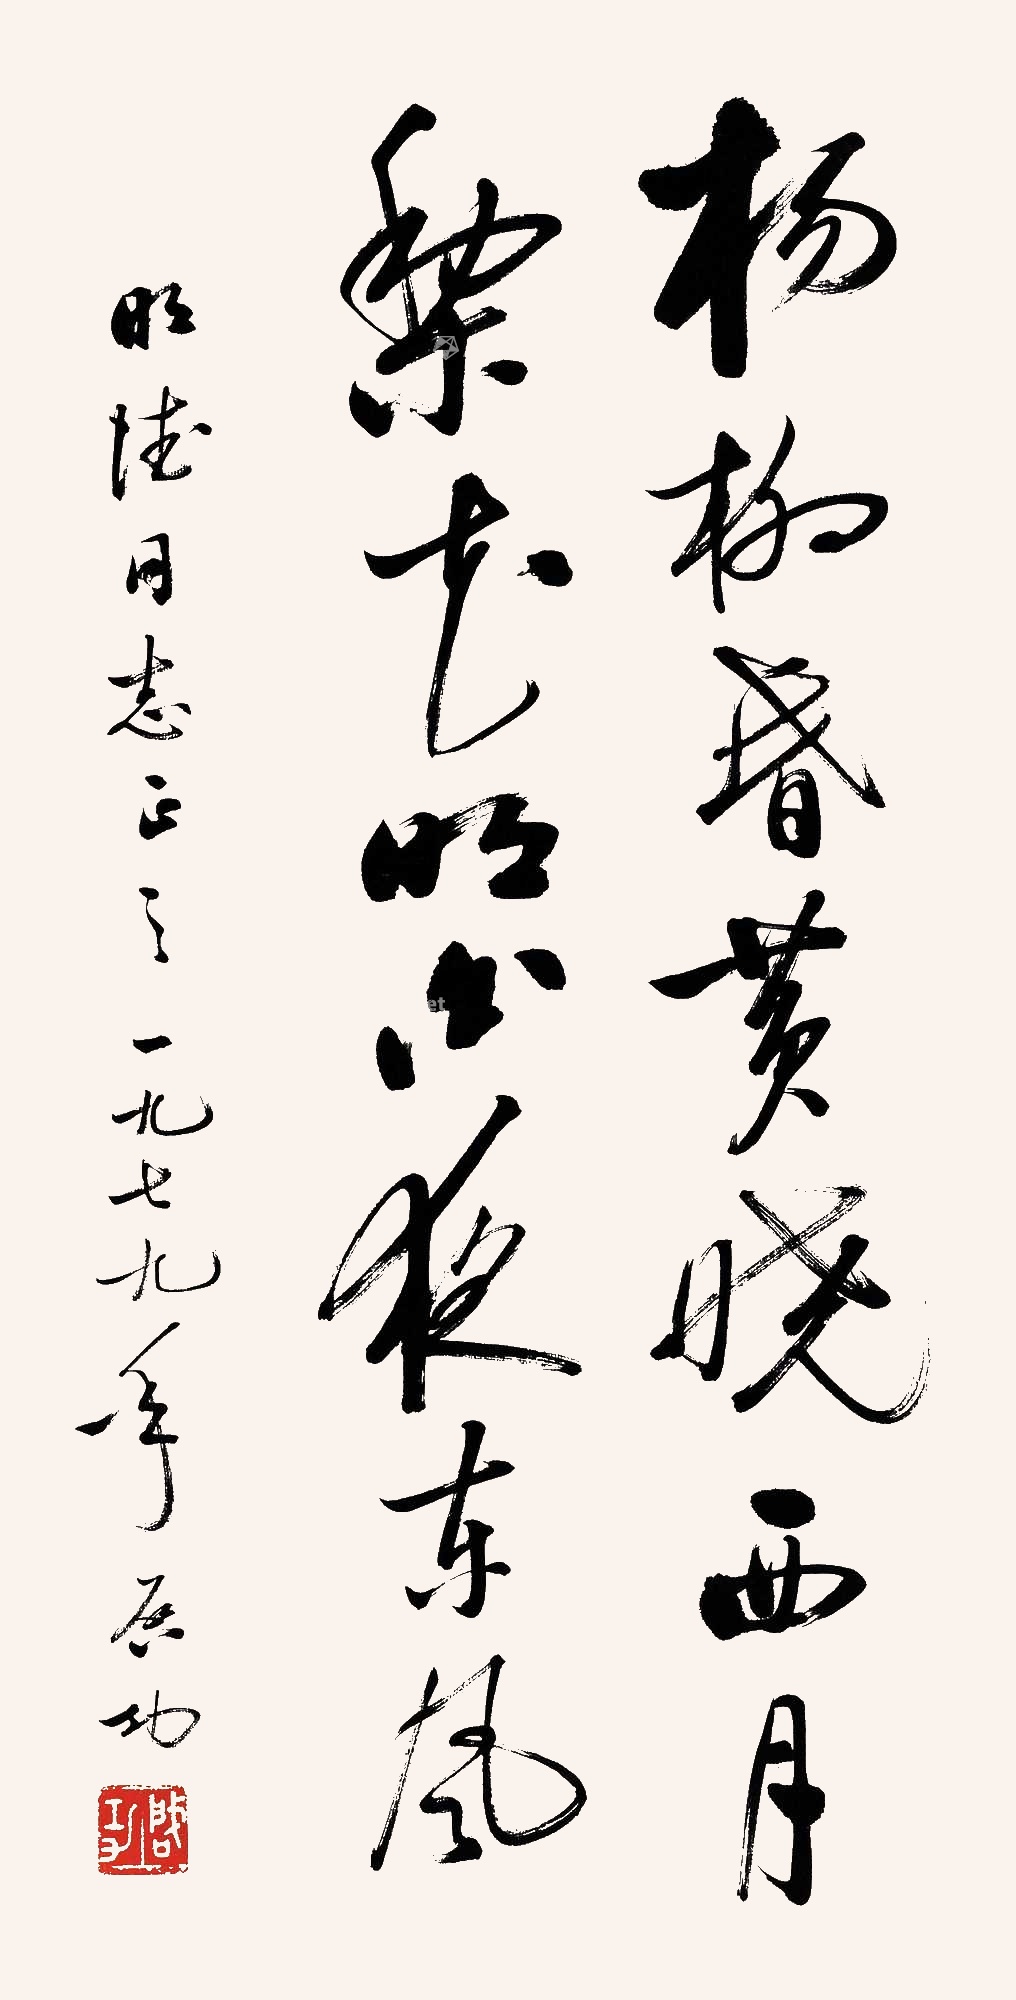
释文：杨柳昏黄晓西月，梨花明白夜东风。明德同志正之。一九七九年，启功。